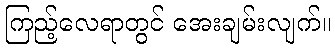
ကြည့်လေရာတွင် အေးချမ်းလျက်။